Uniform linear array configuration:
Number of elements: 12
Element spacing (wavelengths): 1
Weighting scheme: binomial
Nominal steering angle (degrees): -45
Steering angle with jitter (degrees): -45.075
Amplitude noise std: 0.05
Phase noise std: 0.05

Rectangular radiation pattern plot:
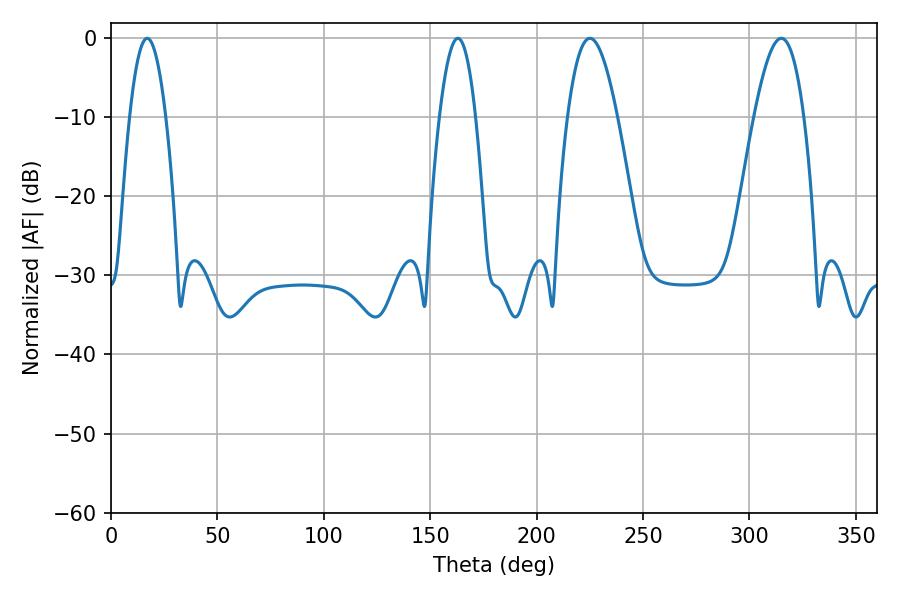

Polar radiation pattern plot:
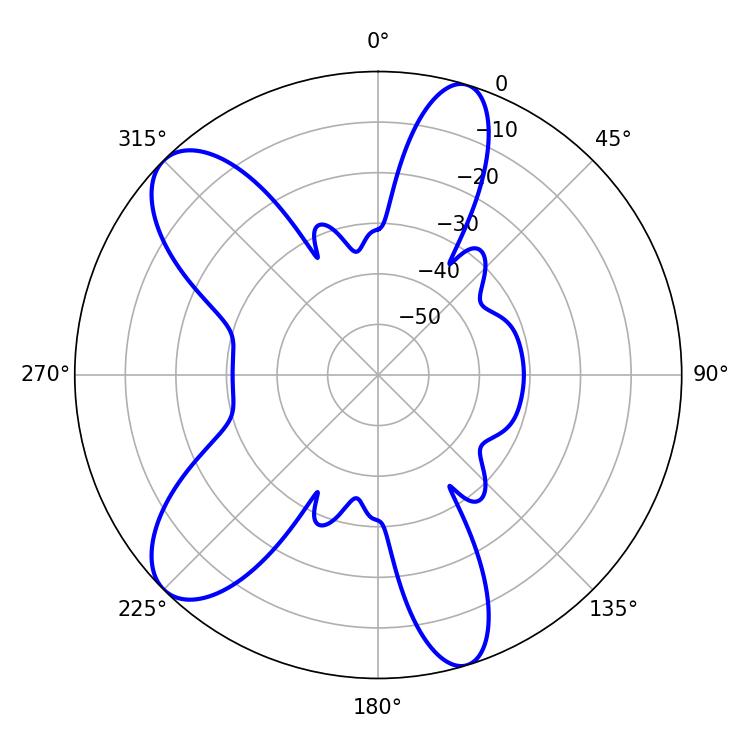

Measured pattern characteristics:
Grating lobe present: TRUE
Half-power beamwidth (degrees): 12.6
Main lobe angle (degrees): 225